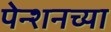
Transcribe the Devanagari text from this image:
पेन्शनच्या